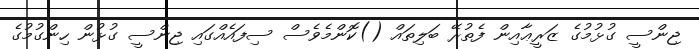
ޖިންސީ ގުޅުމުގެ ޒަރީޢާއިން ފެތުރޭ ބަލިތައް ()ކޮންމެވެސް ސިފައެއްގައި ޖިންސީ ގުޅުން ހިންގުމުގެ